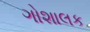
ગોશાલક